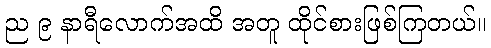
ည ၉ နာရီလောက်အထိ အတူ ထိုင်စားဖြစ်ကြတယ်။